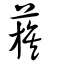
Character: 蔟